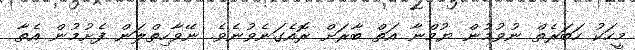
މީހަކު ހަބަރެތް ނުވުމުން ޔުމްނާ އަތް ބާރަށް ރޮއެގަނެވުނެވެ. ނޭވާހިތްލަން ފެށުމުން އެތާ